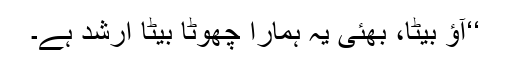
‘‘آؤ بیٹا، بھئی یہ ہمارا چھوٹا بیٹا ارشد ہے۔